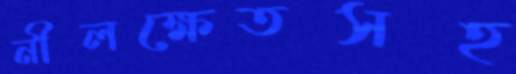
নীলক্ষেতসহ